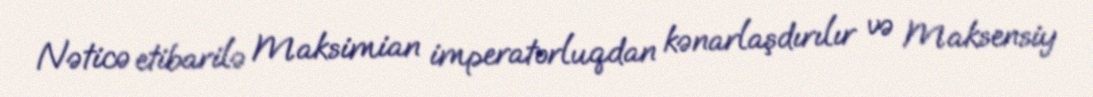
Nəticə etibarilə Maksimian imperatorluqdan kənarlaşdırılır və Maksensiy